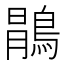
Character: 𱈯